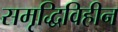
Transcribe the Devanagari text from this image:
समृद्धिविहीन